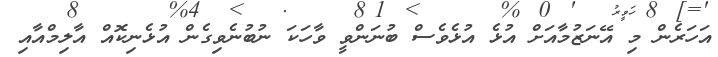
އަހަރެން މި އޭނަޒުމާއަށް އުޅެ އުޅެވެސް ބުނަންވީ ވާހަކަ ނުުބުނެވިގެން އުޅެނިކޮއް އާލިމްއާއި